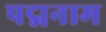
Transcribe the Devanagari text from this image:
पद्मनाम